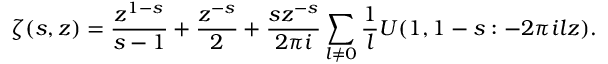
\zeta ( s , z ) = \frac { z ^ { 1 - s } } { s - 1 } + \frac { z ^ { - s } } { 2 } + \frac { s z ^ { - s } } { 2 \pi i } \sum _ { l \ne 0 } \frac 1 l U ( 1 , 1 - s : - 2 \pi i l z ) .